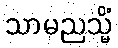
သာမညသ္မိံ